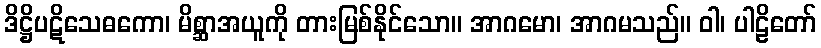
ဒိဋ္ဌိပဋိသေဓကော၊ မိစ္ဆာအယူကို တားမြစ်နိုင်သော။ အာဂမော၊ အာဂမသည်။ ဝါ၊ ပါဠိတော်